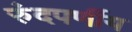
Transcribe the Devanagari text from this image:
रुंदपर्णीय